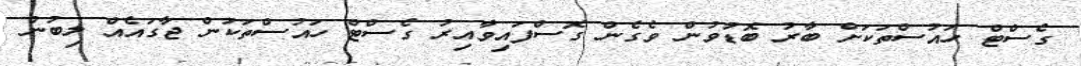
ގެސްޓް ހައުސްތަކަށް ބާރު ބޮޑުވުން ވެގެން ގޮސްފައިވާއިރު ގެސްޓް ހައުސްތަކުން ޖާގައެއް ލިބުން